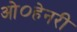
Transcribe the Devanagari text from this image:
ओ०हेनरी